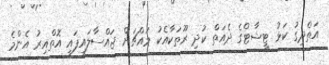
އަތްދިގު ކަޅު ޓީޝާޓްގެ ދެއަތް ކުދި ރޫތަކާއެކު މައްޗަށް ޖައްސާލައިފައި އޮތްއިރު އެންމެ